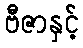
ဗီဇာနှင့်